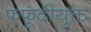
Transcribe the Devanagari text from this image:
फफूंदीयुक्त